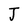
Character: J